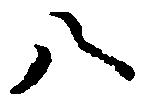
八